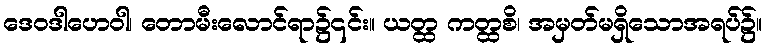
ဒေဝဒါဟေဝါ၊ တောမီးလောင်ရာ၌၎င်း။ ယတ္ထ ကတ္ထစိ၊ အမှတ်မရှိသောအရပ်၌။